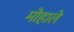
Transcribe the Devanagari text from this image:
मोहाले